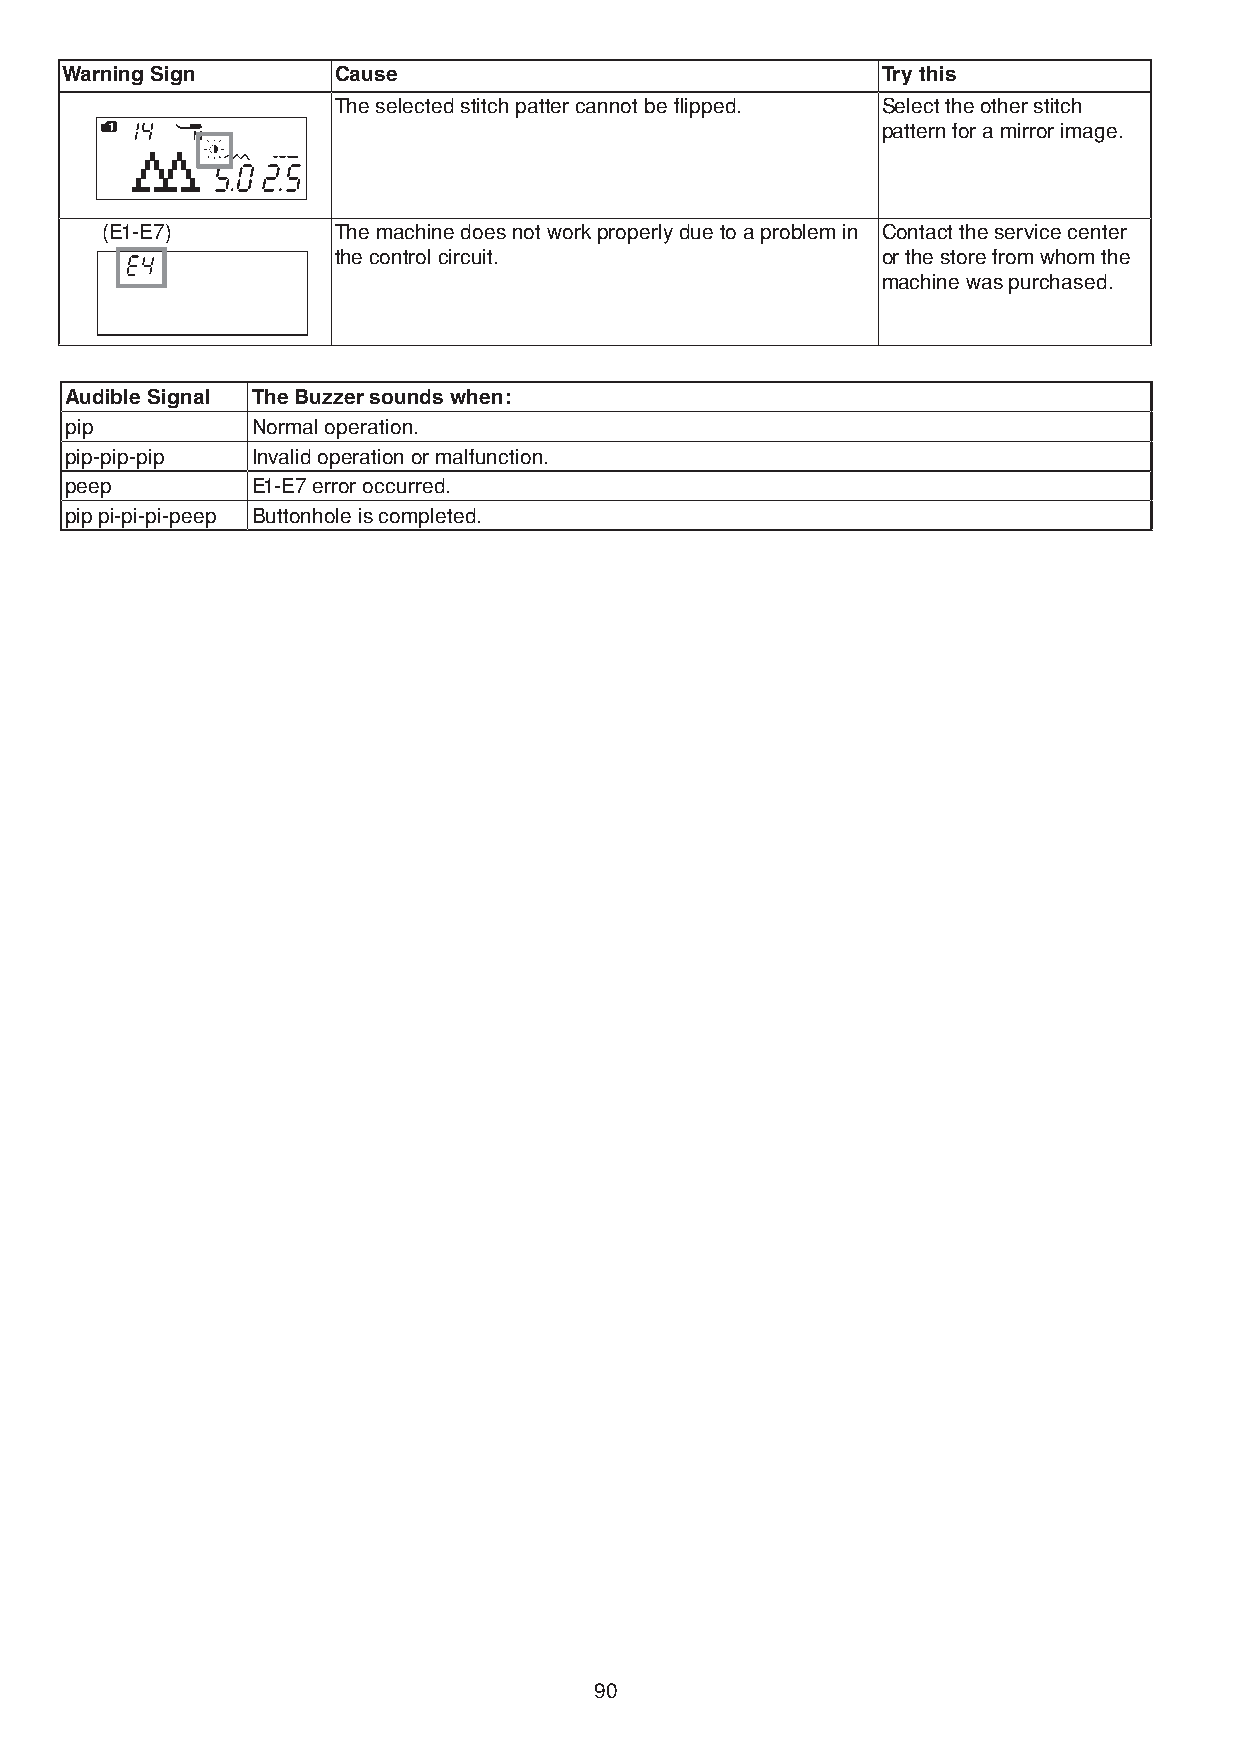
Warning Sign      Cause                               Try this
 The selected stitch patter cannot be flipped. Select the other stitch
 pattern for a mirror image.
 (E1-E7)        The machine does not work properly due to a problem in Contact the service center
 the control circuit.                or the store from whom the
 machine was purchased.
 Audible Signal The Buzzer sounds when:
 pip          Normal operation.
 pip-pip-pip  Invalid operation or malfunction.
 peep         E1-E7 error occurred.
 pip pi-pi-pi-peep Buttonhole is completed.
 90